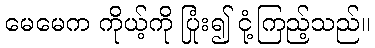
မေမေက ကိုယ့်ကို ပြုံး၍ ငုံ့ကြည့်သည်။